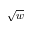
\sqrt { w }